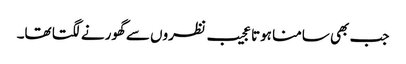
جب بھی سامنا ہوتا عجیب نظروں سے گھورنے لگتا تھا۔